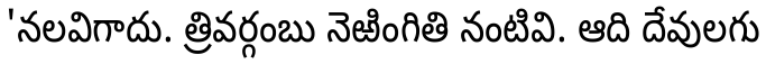
'నలవిగాదు. త్రివర్గంబు నెఱింగితి నంటివి. ఆది దేవులగు